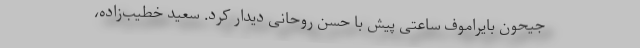
جیحون بایراموف ساعتی پیش با حسن روحانی دیدار کرد. سعید خطیب‌زاده،